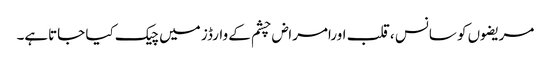
مریضوں کو سانس ،قلب اورامراض چشم کے وارڈز میں چیک کیا جاتاہے۔